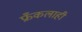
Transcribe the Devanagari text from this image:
फ्रँकलाही